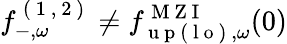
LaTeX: f_{-,\omega}^{\mathrm{~(~1~,~2~)~}}\neq{f}_{\mathrm{~u~p~(~l~o~)~},\omega}^{\mathrm{~M~Z~I~}}(0)